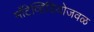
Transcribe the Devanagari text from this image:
माँटेव्हिडियोजवळ